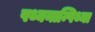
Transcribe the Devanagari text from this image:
पथ्यनाम्पिथ्या